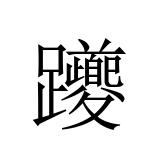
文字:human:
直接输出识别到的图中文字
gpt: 躨